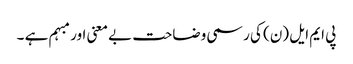
پی ایم ایل (ن) کی رسمی وضاحت بے معنی اور مبہم ہے ۔